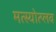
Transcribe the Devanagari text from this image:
मत्स्योत्प्लव